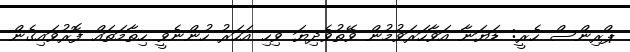
ޕްރިންސް ހެރީ: ޑަޔަނާ އަވާހަރަވުމުން ވޭތުވެދިޔަ ވިހި އަހަރު ހުންނެވީ ހިތާމަތައް ފޮރުވައިގެން